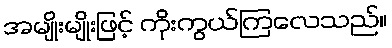
အမျိုးမျိုးဖြင့် ကိုးကွယ်ကြလေသည်။